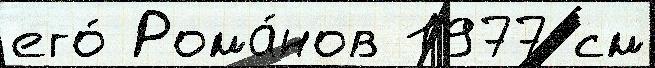
его́ Рома́нов 1977 см